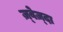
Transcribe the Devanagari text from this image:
ज़्वेज़्दा